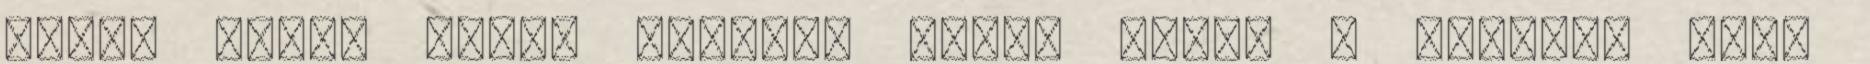
azota sincs semmi gondom. ennek talan 4 honapja mar.